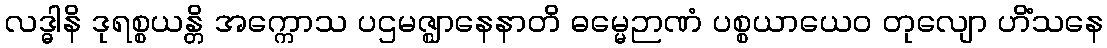
လဒ္ဓါနိ ဒုရစ္စယန္တိ အက္ကောသ ပဌမဇ္ဈာနေနာတိ ဓမ္မေဉာဏံ ပစ္စယာယေဝ တုလျော ဟိံသနေ